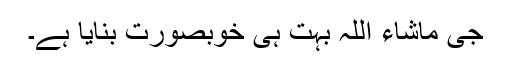
جی ماشاء اللہ بہت ہی خوبصورت بنایا ہے۔